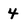
Character: 4